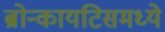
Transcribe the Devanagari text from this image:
ब्रोन्कायटिसमध्ये